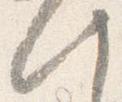
此